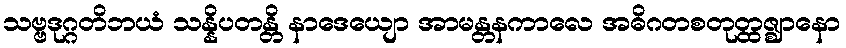
သဗ္ဗဒုဂ္ဂတိဘယံ သန္နိပတန္တိ နာဒေယျော အာမန္တနကာလေ အဓိဂတစတုတ္ထဇ္ဈာနော